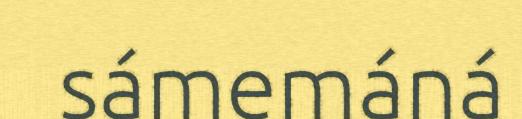
sámemáná